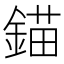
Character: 錨